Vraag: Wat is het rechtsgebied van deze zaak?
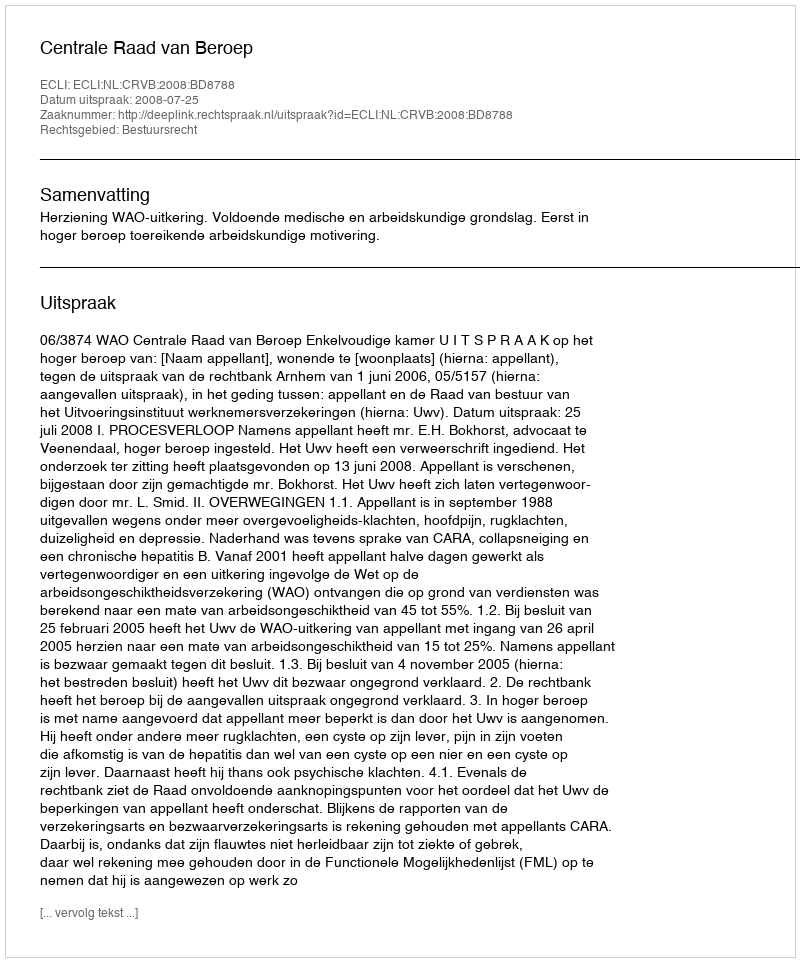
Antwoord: Bestuursrecht